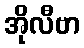
အိုလီဗာ